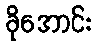
ခိုအောင်း